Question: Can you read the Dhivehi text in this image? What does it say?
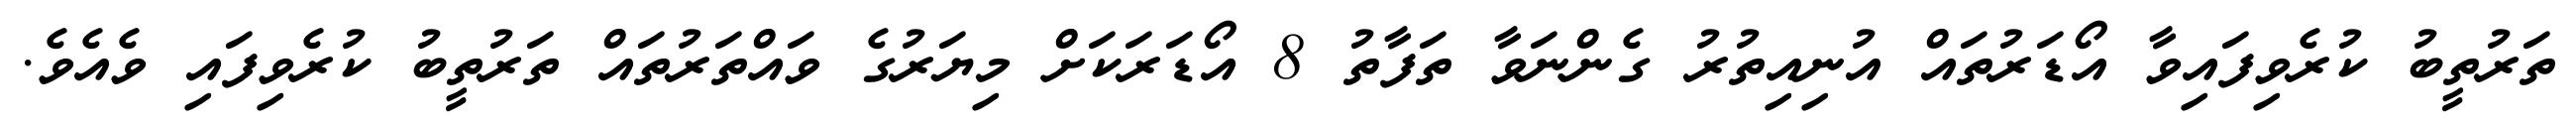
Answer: ތަރުތީބު ކުރެވިފައިވާ އޯޑަރުތައް އުނިއިތުރު ގެންނަވާ ތަފާތު 8 އޯޑަރަކަށް މިޔަރުގެ ވައްތަރުތައް ތަރުތީބު ކުރެވިފައި ވެއެވެ.